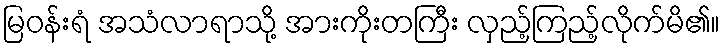
မြဝန်းရံ အသံလာရာသို့ အားကိုးတကြီး လှည့်ကြည့်လိုက်မိ၏။